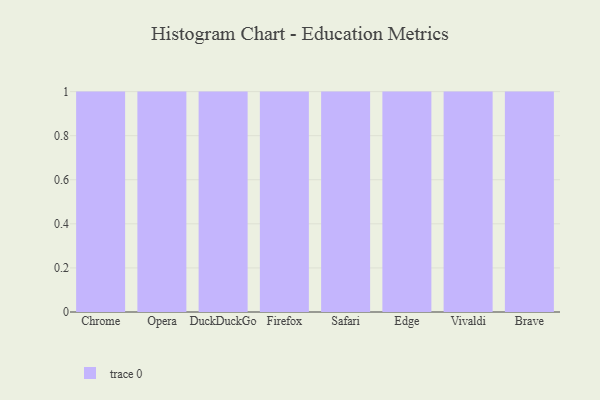
{"axis": {"x": "Browser", "y": "Active Users"}, "legend": [""], "data": [{"x": "Chrome", "y": 52, "type": ""}, {"x": "Opera", "y": 70, "type": ""}, {"x": "DuckDuckGo", "y": 78, "type": ""}, {"x": "Firefox", "y": 51, "type": ""}, {"x": "Safari", "y": 62, "type": ""}, {"x": "Edge", "y": 87, "type": ""}, {"x": "Vivaldi", "y": 92, "type": ""}, {"x": "Brave", "y": 85, "type": ""}]}